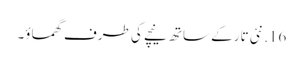
16. نئی تار کے ساتھ نیچے کی طرف گھماؤ۔